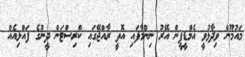
މައުމޫން ވިދާޅުވީ އެމްޑީޕީން އޭރު ނިންމާފައި އޮތީ ރާއްޖޭގައި ކްރިސްޓަން ދީނުގެ ފައްޅިއެއް